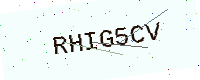
Text: RHIG5CV